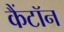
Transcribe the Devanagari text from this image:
कैंटॉन